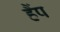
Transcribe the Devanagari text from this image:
हैंप